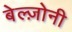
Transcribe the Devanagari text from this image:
बेल्ज़ोनी